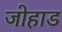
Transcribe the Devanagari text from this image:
जोहाड